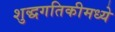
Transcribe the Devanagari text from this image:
शुद्धगतिकीमध्ये